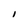
Character: I